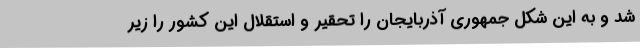
شد و به این شکل جمهوری آذربایجان را تحقیر و استقلال این کشور را زیر